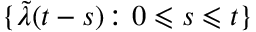
\{ \tilde { \lambda } ( t - s ) \colon 0 \leqslant s \leqslant t \}